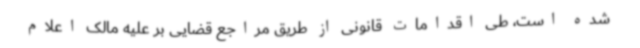
شده است، طی اقدامات قانونی از طریق مراجع قضایی بر علیه مالک اعلام